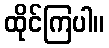
ထိုင်ကြပါ။